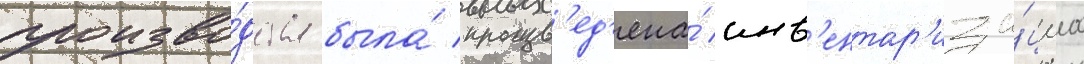
произво́дства была́ произв'ед'ена́ инв'ентар'иза́циа